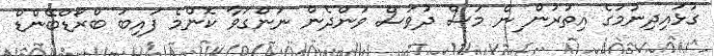
ގުޅައިދިނުމުގެ އިތުރުން ިން މަސް ދުވަސް ވަންދެން ނަންގަވާ ކޮންމެ ފައިބަ ބްރޯޑްބޭންޑް